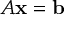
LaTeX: A \mathbf { x } = \mathbf { b }